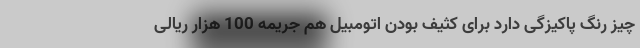
چیز رنگ پاکیزگی دارد برای کثیف بودن اتومبیل هم جریمه 100 هزار ریالی